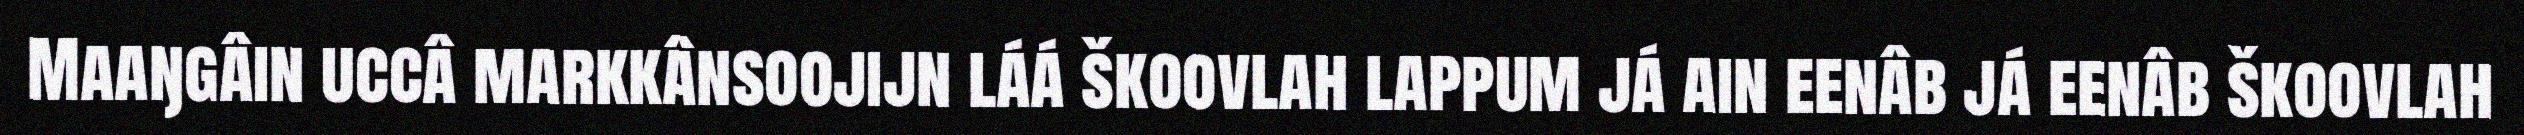
Maaŋgâin uccâ markkânsoojijn láá škoovlah lappum já ain eenâb já eenâb škoovlah